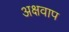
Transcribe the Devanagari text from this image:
अक्षवाप